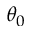
\theta _ { 0 }